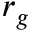
r _ { g }